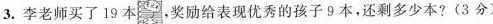
3.李老师买了19本，奖励给表现优秀的孩子9本，还剩多少本?(3分)